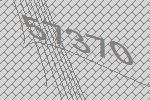
57370